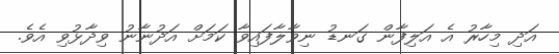
އަދި މިހާރު އެ އަލިފާން ގަނޑު ނިވާލާފައިވާ ކަމަށް އަދުނާނު ވިދާޅުވި އެވެ.